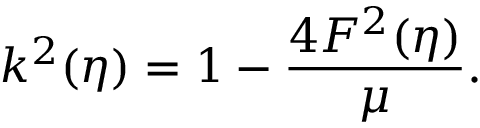
k ^ { 2 } ( \eta ) = 1 - \frac { 4 F ^ { 2 } ( \eta ) } { \mu } .